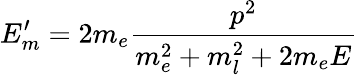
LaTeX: E_{m}^{\prime}=2m_{e}{\frac{p^{2}}{m_{e}^{2}+m_{l}^{2}+2m_{e}E}}